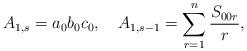
LaTeX: \begin{align*}A_{1,s} = a_{0}b_{0}c_{0}, \ \ \ A_{1,s-1} = \sum_{r=1}^{n}\frac{S_{00r}}{r}, \end{align*}